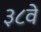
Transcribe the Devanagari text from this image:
३८वें